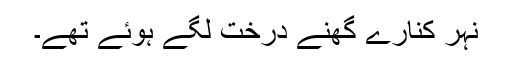
نہر کنارے گھنے درخت لگے ہوئے تھے۔